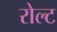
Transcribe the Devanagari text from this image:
रोल्ट